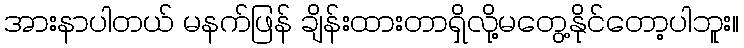
အားနာပါတယ် မနက်ဖြန် ချိန်းထားတာရှိလို့မတွေ့နိုင်တော့ပါဘူး။